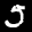
Label: 5